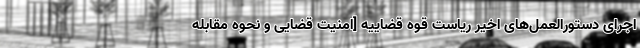
اجرای دستورالعمل‌های اخیر ریاست قوه قضاییه [امنیت قضایی و نحوه مقابله